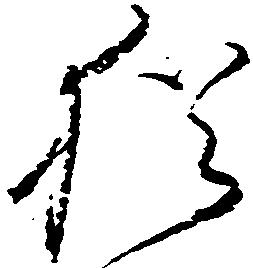
猶